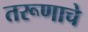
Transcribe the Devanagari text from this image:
तरूणाचे